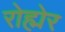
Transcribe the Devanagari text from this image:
रोह्मेर